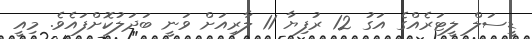
ޑީސަލް ލީޓަރެއްގެ އަގު 12 ރުފިޔާ 11 ލާރިއަށް ވަނީ ބަދަލުކޮށްފައެވެ. މިއީ